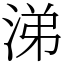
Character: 涕